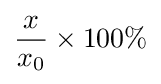
{\frac {x}{x_{0}}}\times 100\%